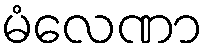
မံလေဏာ